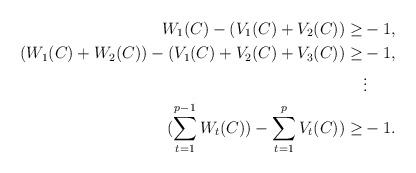
\begin{align*}W_1(C)-(V_1(C)+V_2(C))\geq& -1,\\(W_1(C)+W_2(C))-(V_1(C)+V_2(C)+V_3(C))\geq& -1,\\&\vdots\\(\sum_{t=1}^{p-1}W_t(C))-\sum_{t=1}^{p}V_t(C))\geq& -1.\end{align*}